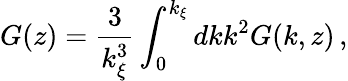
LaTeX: G(z)=\frac{3}{k_{\xi}^{3}}\int_{0}^{k_{\xi}}dkk^{2}G(k,z)\, ,